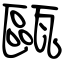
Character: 甌